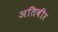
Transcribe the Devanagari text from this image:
अतिवीर